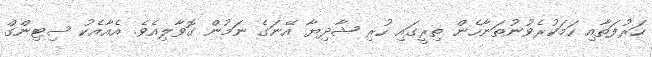
ހަރުފަތާއި ހަމަކުރެވުނުތަނާހެން ތިރީގައި ހުރި ޝާދިޔާ އޭނަގެ ނަމުން ގޮވާލިއެވެ. އެއާއެކު ސިޓިންގް